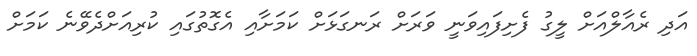
އަދި ރެއާލްއަށް ލީގު ފެށިފައިވަނީ ވަރަށް ރަނގަޅަށް ކަމަށާއި އެގޮތުގައި ކުރިއަށްދެވޭނެ ކަމަށް